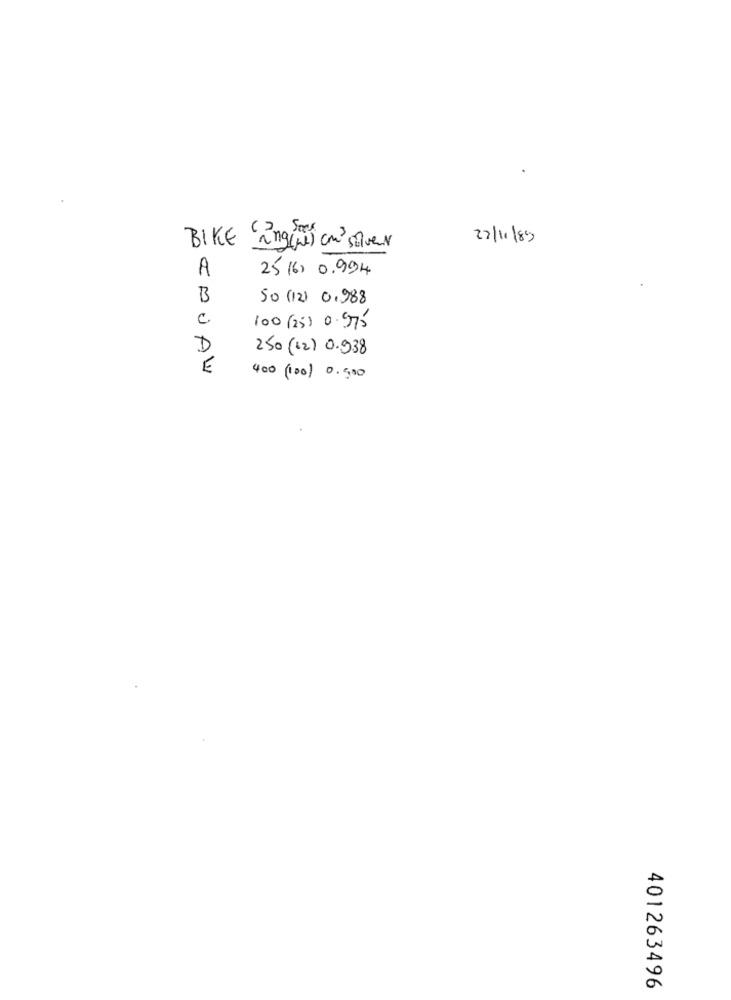
22/11/89
BIKE ang(ne) com' silver
A
25 16) 0.994
B
50 (12) 0.988
c
100 (25) 0.975
D
250 (62) 0.938
E
400 (100) 0.500
401263496